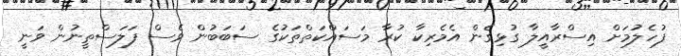
ފުހެލުމަށް އިސްރާއީލާ ގުޅިގެން އެމެރިކާ ކުރާ މަސައްކަތްތަކުގެ ސަބަބުން ވެސް ފަލަސްތީނުން ވަނީ